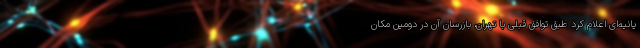
یانیه‌ای اعلام کرد طبق توافق قبلی با تهران، بازرسان آن در دومین مکان